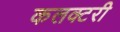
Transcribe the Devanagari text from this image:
कलक्टरी